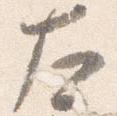
左